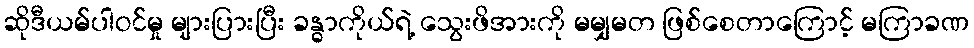
ဆိုဒီယမ်ပါဝင်မှု များပြားပြီး ခန္ဓာကိုယ်ရဲ့ သွေးဖိအားကို မမျှမတ ဖြစ်စေတာကြောင့် မကြာခဏ